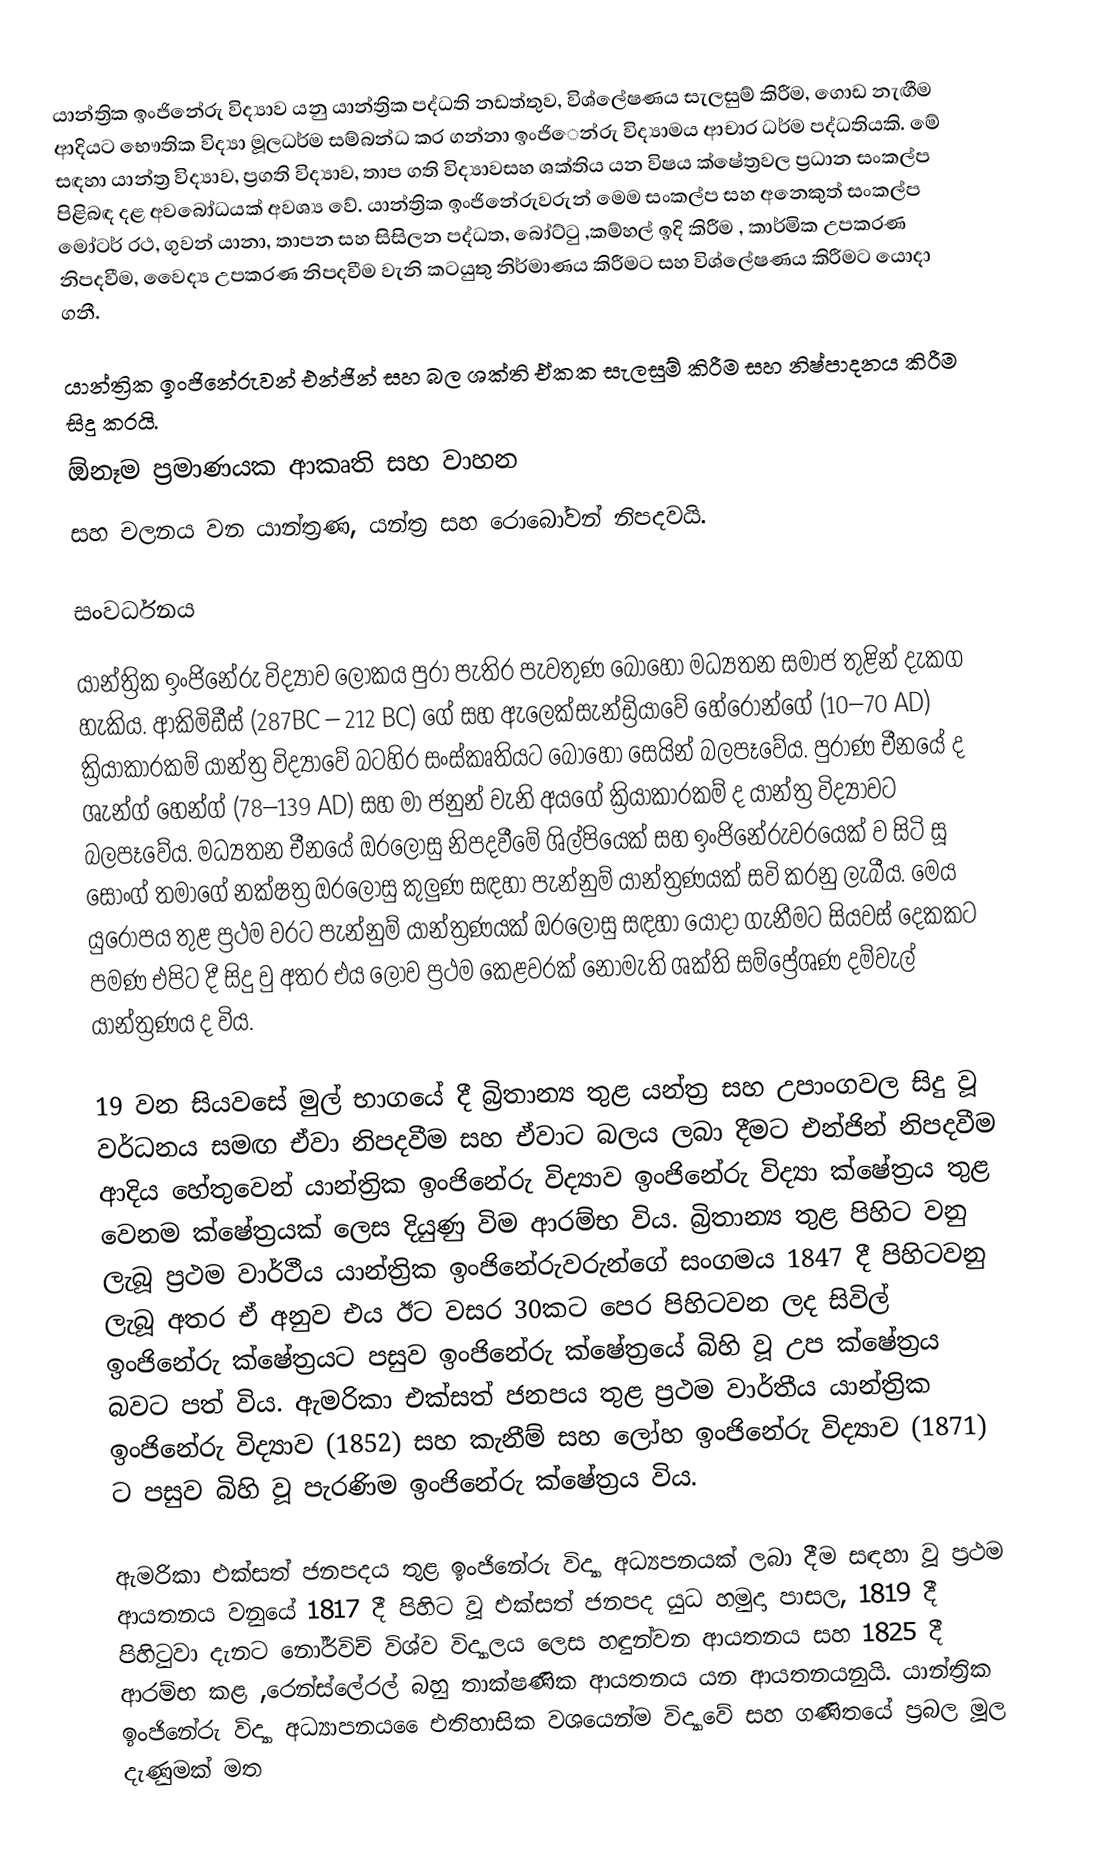
යාන්ත්‍රික ඉංජිනේරු විද්‍යාව යනු යාන්ත්‍රික පද්ධති නඩත්තුව, විශ්ලේෂණය සැලසුම් කිරීම, ගොඩ නැඟීම ආදියට භෞතික විද්‍යා මූලධර්ම සම්බන්ධ කර ගන්නා ඉංජි‍ෙන්රු විද්‍යාමය ආචාර ධර්ම පද්ධතියකි. මේ සඳහා යාන්ත්‍ර විද්‍යාව, ප්‍රගති විද්‍යාව, තාප ගති විද්‍යාවසහ ශක්තිය යන විෂය ක්ෂේත්‍රවල ප්‍රධාන සංකල්ප පිළිබඳ දළ අවබෝධයක් අවශ්‍ය වේ. යාන්ත්‍රික ඉංජිනේරුවරුන් මෙම සංකල්ප සහ අනෙකුත් සංකල්ප මෝටර් රථ, ගුවන් යානා, තාපන සහ සිසිලන පද්ධත, බෝට්ටු ,කම්හල් ඉදි කිරීම , කාර්මික උපකරණ නිපදවීම, වෛද්‍ය උපකරණ නිපදවීම වැනි කටයුතු නිර්මාණය කිරීමට සහ විශ්ලේෂණය කිරීමට යොදා ගනී.

යාන්ත්‍රික ඉංජිනේරුවන් එන්ජින් සහ බල ශක්ති ඒකක සැලසුම් කිරීම සහ නිෂ්පාදනය කිරීම සිදු කරයි.
 ඕනෑම ප්‍රමාණයක ආකෘති සහ වාහන
 සහ චලනය වන යාන්ත්‍රණ, යන්ත්‍ර සහ රොබෝවන් නිපදවයි.

සංවර්ධනය

යාන්ත්‍රික ඉංජිනේරු විද්‍යාව ලෝකය පුරා පැතිර පැවතුණ බොහෝ මධ්‍යතන සමාජ තුළින් දැකග හැකිය. ආකිමිඩීස් (287BC – 212 BC) ගේ සහ ඇලෙක්‍සැන්ඩ්‍රියාවේ හේරොන්ගේ (10–70 AD) ක්‍රියාකාරකම් යාන්ත්‍ර විද්‍යාවේ බටහිර සංස්කෘතියට බොහෝ සෙයින් බලපෑවේය. පුරාණ චීනයේ ද ශැන්ග් හෙන්ග් (78–139 AD) සහ මා ජනුන් වැනි අයගේ ක්‍රියාකාරකම් ද යාන්ත්‍ර විද්‍යාවට බලපෑවේය. මධ්‍යතන චීනයේ ඔ‍රලෝසු නිපදවීමේ ශිල්පියෙක් සහ ඉංජිනේරුවරයෙක් ව සිටි සූ සොංග් තමාගේ නක්ෂත්‍ර ඔරලෝසු කුලුණ සඳහා පැන්නුම් යාන්ත්‍රණයක් සවි කරනු ලැබීය. මෙය යුරෝපය තුළ ප්‍රථම වරට පැන්නුම් යාන්ත්‍රණයක් ඔරලෝසු සඳහා යොදා ගැනීමට සියවස් දෙකකට පමණ එපිට දී සිදු වු අතර එය ලොව ප්‍රථම කෙළවරක් නොමැති ශක්ති සම්ප්‍රේශණ දම්වැල් යාන්ත්‍රණය ද විය.

19 වන සියවසේ මුල් භාගයේ දී බ්‍රිතාන්‍ය තුළ යන්ත්‍ර සහ උපාංගවල සිදු වූ වර්ධනය සමඟ ඒවා නිපදවීම සහ ඒවාට බලය ලබා දීමට එන්ජින් නිපදවීම ආදිය‍ හේතුවෙන් යාන්ත්‍රික ඉංජිනේරු විද්‍යාව ඉංජිනේරු විද්‍යා ක්ෂේත්‍රය තුළ වෙනම ක්ෂේත්‍රයක් ලෙස දියුණු විම ආරම්භ විය. බ්‍රිතාන්‍ය තුළ පිහිට වනු ලැබූ ප්‍රථම වාර්ථීය යාන්ත්‍රික ඉංජිනේරුවරුන්ගේ සංගමය 1847 දී පිහිටවනු ලැබූ අතර ඒ අනුව එය ඊට වසර 30කට පෙර පිහිටවන ලද සිවිල් ඉංජිනේරු ක්ෂේත්‍රයට පසුව ඉංජිනේරු ක්ෂේත්‍රයේ බිහි වූ උප ක්ෂේත්‍රය බවට පත් විය. ඇමරිකා එක්සත් ජනපය තුළ ප්‍රථම වාර්තීය යාන්ත්‍රික ඉංජිනේරු විද්‍යාව (1852) සහ කැනීම් සහ ලෝහ ඉංජිනේරු විද්‍යාව (1871) ට පසුව බිහි වූ පැරණිම ඉංජිනේරු ක්ෂේත්‍රය විය.

ඇමරිකා එක්සත් ජනපදය තුළ ඉංජිනේරු විද්‍යා අධ්‍යපනයක් ලබා දීම සඳහා වූ ප්‍රථම ආයතනය වනුයේ 1817 දී පිහිට වූ එක්සත් ජනපද යුධ හමුදා පාසල, 1819 දී පිහිටුවා දැනට ‍නෝර්විච් විශ්ව විද්‍යාලය ලෙස හඳුන්වන ආයතනය සහ 1825 දී ආරම්භ කළ ,රෙන්ස්ලේරල් බහු තාක්ෂණික ආයතනය යන ආයතනයනුයි. යාන්ත්‍රික ඉංජිනේරු විද්‍යා අධ්‍යාපනය ‍ෛඑතිහාසික වශයෙන්ම විද්‍යාවේ සහ ගණිතයේ ප්‍රබල මූල දැණුමක් මත